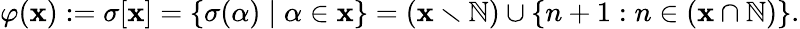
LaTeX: \varphi(\mathbf{x}):=\sigma[\mathbf{x}]=\{ \sigma(\alpha)\mid\alpha\in\mathbf{x}\} =(\mathbf{x}\smallsetminus\mathbb{{N}})\cup\{ n+1:n\in(\mathbf{x}\cap\mathbb{{N}})\} .